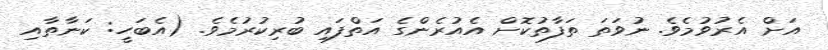
އަށް އެރުވުމެވެ. ނުވަތަ ތަފާތުކޮށް އެއުރެންގެ އަތްފައި ބުރިކުރުމެވެ. (އެބަހީ: ކަނާތާއި